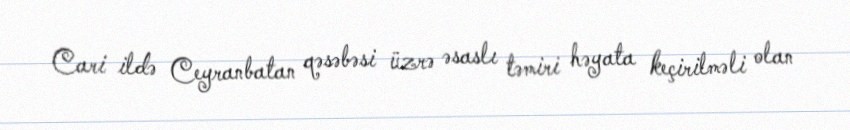
Cari ildə Ceyranbatan qəsəbəsi üzrə əsaslı təmiri həyata keçirilməli olan